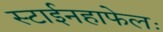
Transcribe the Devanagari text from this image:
स्टाईनहाफेलः